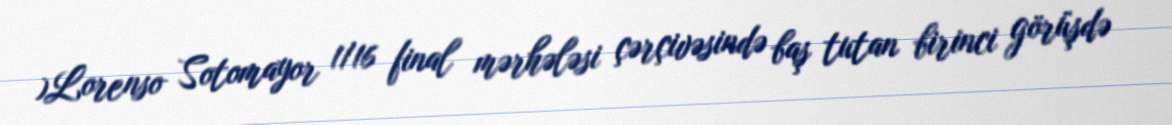
)Lorenso Sotomayor 1/16 final mərhələsi çərçivəsində baş tutan birinci görüşdə